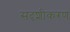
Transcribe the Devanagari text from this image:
सदृशीकरण